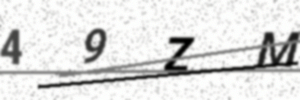
Text: 49ZM